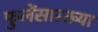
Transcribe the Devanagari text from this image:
फुलेंसारख्या